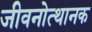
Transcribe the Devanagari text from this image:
जीवनोत्थानक